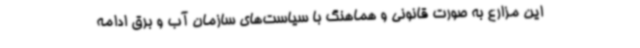
این مزارع به صورت قانونی و هماهنگ با سیاست‌های سازمان آب و برق ادامه